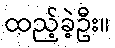
ထည့်ခဲ့ဦး။